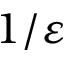
1 / \varepsilon